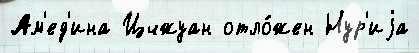
Ам'ед'ина Цчжуан отло́жен Нур'иjа